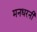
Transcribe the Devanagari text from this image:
मनधरनी